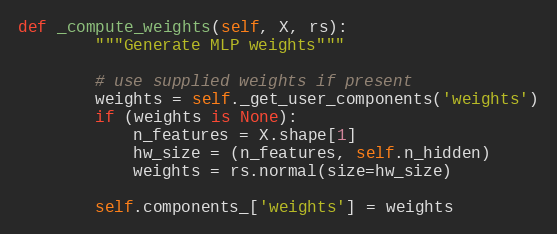
Language: Python
def _compute_weights(self, X, rs):
        """Generate MLP weights"""

        # use supplied weights if present
        weights = self._get_user_components('weights')
        if (weights is None):
            n_features = X.shape[1]
            hw_size = (n_features, self.n_hidden)
            weights = rs.normal(size=hw_size)

        self.components_['weights'] = weights